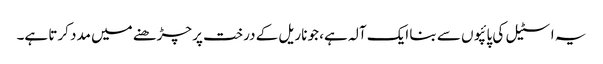
یہ اسٹیل کی پائپوں سے بنا ایک آلہ ہے، جو ناریل کے درخت پر چڑھنے میں مدد کرتا ہے۔